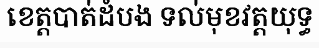
ខេត្តបាត់ដំបង ទល់មុខវត្តយុទ្ធ